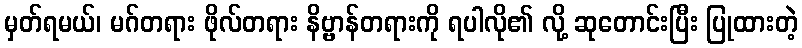
မှတ်ရမယ်၊ မဂ်တရား ဖိုလ်တရား နိဗ္ဗာန်တရားကို ရပါလို၏ လို့ ဆုတောင်းပြီး ပြုထားတဲ့